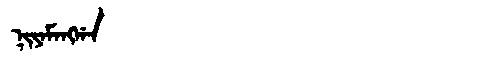
Manchu: ᠨᡳᠶᠠᠮᠠᠩᡤᠠ
Romanization: NIYAMANGGA